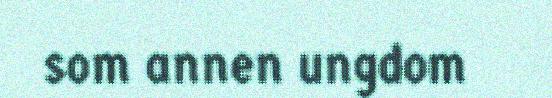
som annen ungdom